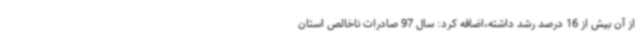
از آن بیش از 16 درصد رشد داشته،اضافه کرد: سال 97 صادرات ناخالص استان